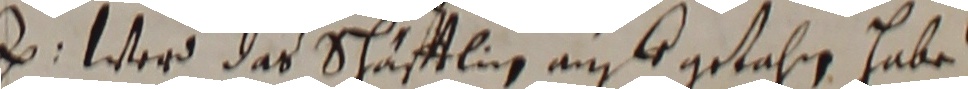
3. werd das schäfftlig an egetahrn habe